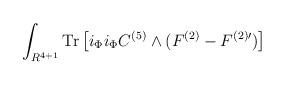
LaTeX: \begin{align*}\int_{R^{4+1}}{\rm Tr}\left[i_\Phi i_\Phi C^{(5)}\wedge (F^{(2)}-F^{(2)\prime})\right]\end{align*}